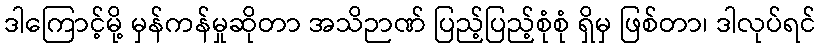
ဒါကြောင့်မို့ မှန်ကန်မှုဆိုတာ အသိဉာဏ် ပြည့်ပြည့်စုံစုံ ရှိမှ ဖြစ်တာ၊ ဒါလုပ်ရင်